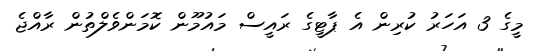
މީގެ 3 އަހަރު ކުރިން އެ ޕާޓީގެ ރައީސް މައުމޫން ކޮމަންވެލްތުން ރާއްޖެ